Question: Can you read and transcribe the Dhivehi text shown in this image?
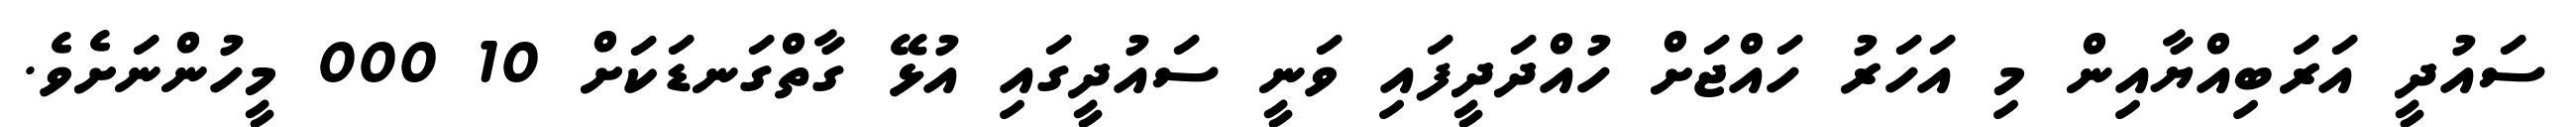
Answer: ސައުދީ އަރަބިއްޔާއިން މި އަހަރު ހައްޖަށް ހުއްދަދީފައި ވަނީ ސައުދީގައި އުޅޭ ގާތްގަނޑަކަށް 10 000 މީހުންނަށެވެ.